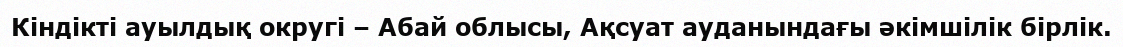
Кіндікті ауылдық округі – Абай облысы, Ақсуат ауданындағы әкімшілік бірлік.